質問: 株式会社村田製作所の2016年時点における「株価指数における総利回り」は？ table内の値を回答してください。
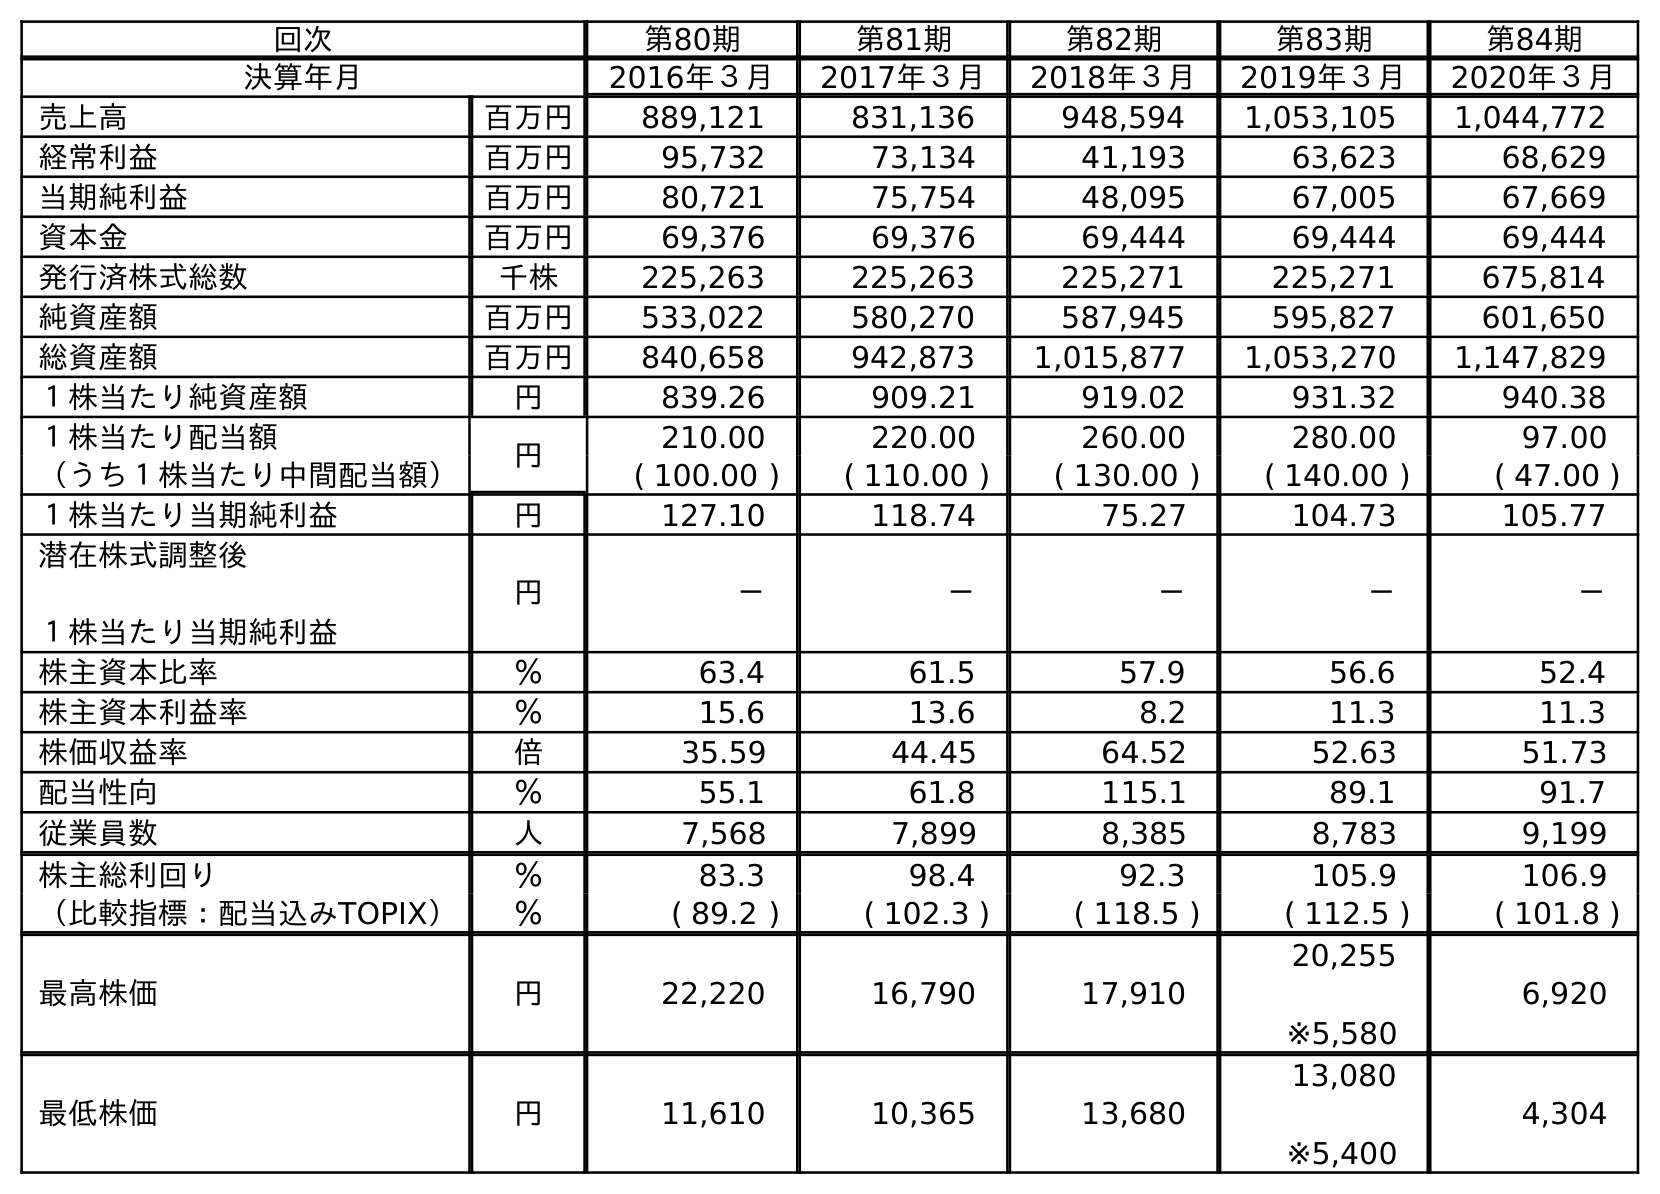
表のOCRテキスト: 回次 第80期 第81期 第82期 第83期 第84期 決算年月 2016年３月 2017年３月 2018年３月 2019年３月 2020年３月 売上高 百万円 889,121 831,136 948,594 1,053,105 1,044,772 経常利益 百万円 95,732 73,134 41,193 63,623 68,629 当期純利益 百万円 80,721 75,754 48,095 67,005 67,669 資本金 百万円 69,376 69,376 69,444 69,444 69,444 発行済株式総数 千株 225,263 225,263 225,271 225,271 675,814 純資産額 百万円 533,022 580,270 587,945 595,827 601,650 総資産額 百万円 840,658 942,873 1,015,877 1,053,270 1,147,829 １株当たり純資産額 円 839.26 909.21 919.02 931.32 940.38 １株当たり配当額 円 210.00 220.00 260.00 280.00 97.00 （うち１株当たり中間配当額） ( 100.00 ) ( 110.00 ) ( 130.00 ) ( 140.00 ) ( 47.00 ) １株当たり当期純利益 円 127.10 118.74 75.27 104.73 105.77 潜在株式調整後 １株当たり当期純利益 円 － － － － － 株主資本比率 ％ 63.4 61.5 57.9 56.6 52.4 株主資本利益率 ％ 15.6 13.6 8.2 11.3 11.3 株価収益率 倍 35.59 44.45 64.52 52.63 51.73 配当性向 ％ 55.1 61.8 115.1 89.1 91.7 従業員数 人 7,568 7,899 8,385 8,783 9,199 株主総利回り ％ 83.3 98.4 92.3 105.9 106.9 （比較指標：配当込みTOPIX） ％ ( 89.2 ) ( 102.3 ) ( 118.5 ) ( 112.5 ) ( 101.8 ) 最高株価 円 22,220 16,790 17,910 20,255 ※5,580 6,920 最低株価 円 11,610 10,365 13,680 13,080 ※5,400 4,304
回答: (89.2)